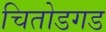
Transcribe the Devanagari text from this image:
चितोडगड